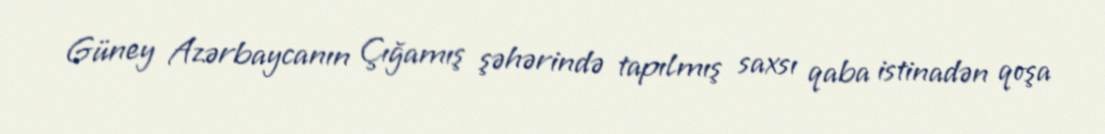
Güney Azərbaycanın Çığamış şəhərində tapılmış saxsı qaba istinadən qoşa